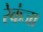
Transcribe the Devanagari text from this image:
रेकंजा